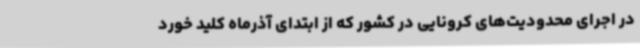
در اجرای محدودیت‌های کرونایی در کشور که از ابتدای آذرماه کلید خورد